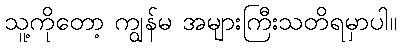
သူ့ကိုတော့ ကျွန်မ အများကြီးသတိရမှာပါ။